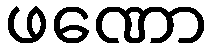
ဖဏော